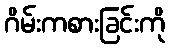
ဂိမ်းကစားခြင်းကို